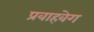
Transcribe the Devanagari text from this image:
प्रवाहवेग